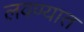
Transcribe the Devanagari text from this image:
लवण्यात